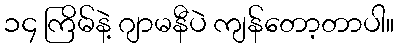
၁၄ ကြိမ်နဲ့ ဂျာမနီပဲ ကျန်တော့တာပါ။